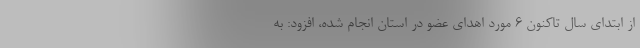
از ابتدای سال تاکنون ۶ مورد اهدای عضو در استان انجام شده، افزود: به